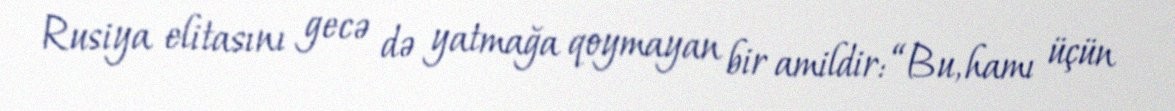
Rusiya elitasını gecə də yatmağa qoymayan bir amildir: “Bu, hamı üçün